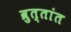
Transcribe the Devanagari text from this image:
व्रुत्तांत